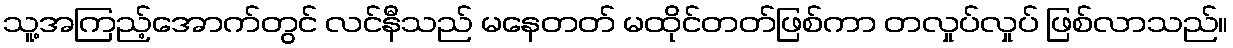
သူ့အကြည့်အောက်တွင် လင်နီသည် မနေတတ် မထိုင်တတ်ဖြစ်ကာ တလှုပ်လှုပ် ဖြစ်လာသည်။